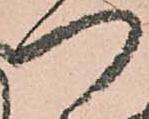
つ